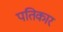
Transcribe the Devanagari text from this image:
पतिकार